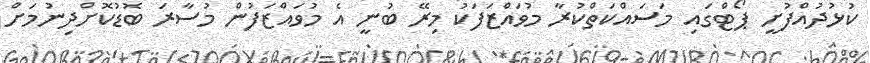
ކުޅުދުއްފުށީ ޕޯޓްގައި މަސައްކަތްކުރާ މުވައްޒަފަކު މިރޭ ބުނީ އެ މުވައްޒަފުން މުސާރަ ބޮޑުކޮށްދިނުމަށް